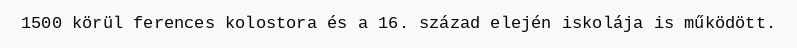
1500 körül ferences kolostora és a 16. század elején iskolája is működött.